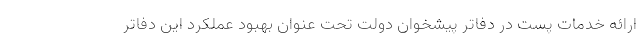
ارائه خدمات پست در دفاتر پیشخوان دولت تحت عنوان بهبود عملکرد این دفاتر